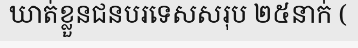
ឃាត់ខ្លួនជនបរទេសសរុប ២៥នាក់ (